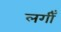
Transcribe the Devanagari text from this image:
लगीँ